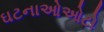
ઘટનાઓઓટો